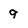
Character: 9